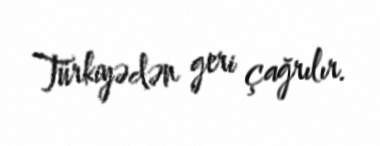
Türkiyədən geri çağrılır.